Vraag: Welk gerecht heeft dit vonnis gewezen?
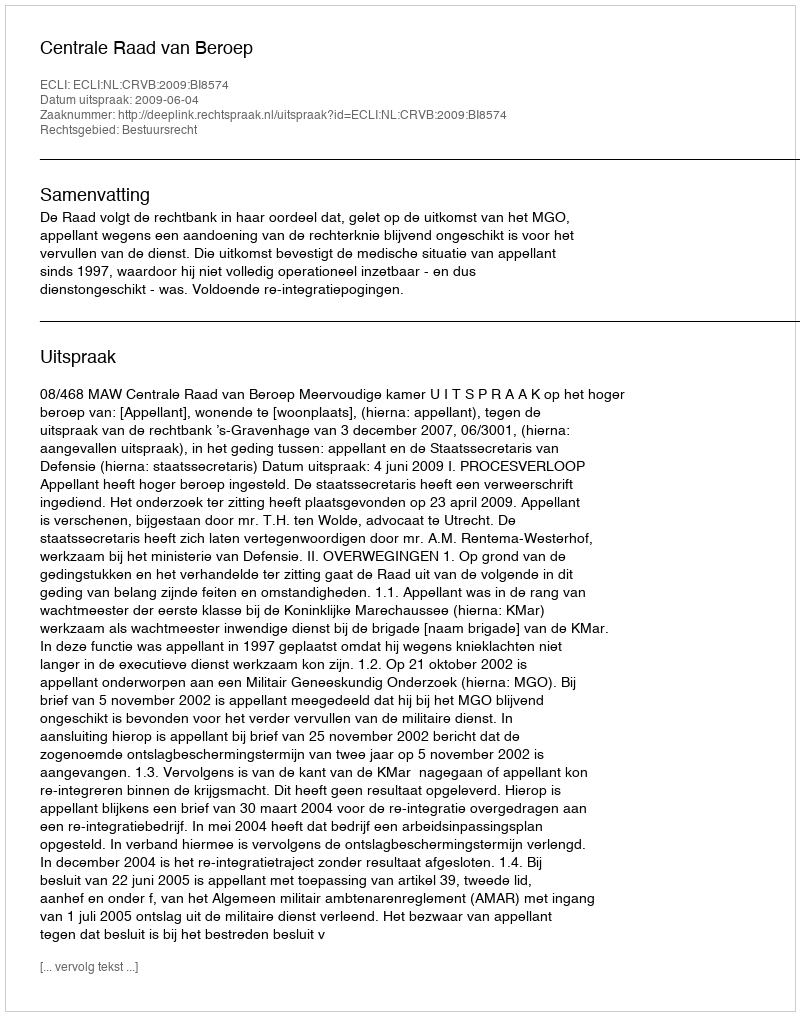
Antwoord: Centrale Raad van Beroep